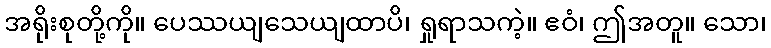
အရိုးစုတို့ကို။ ပေဿယျသေယျထာပိ၊ ရှုရာသကဲ့။ ဧဝံ၊ ဤအတူ။ သော၊